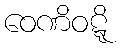
ဝေဏိဝဋ္ဋိ